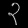
Digit: ၃